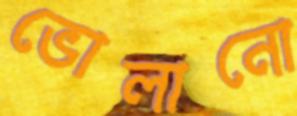
ভোলানো